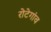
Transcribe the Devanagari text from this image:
रोटेगांव